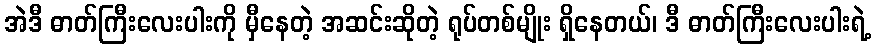
အဲဒီ ဓာတ်ကြီးလေးပါးကို မှီနေတဲ့ အဆင်းဆိုတဲ့ ရုပ်တစ်မျိုး ရှိနေတယ်၊ ဒီ ဓာတ်ကြီးလေးပါးရဲ့